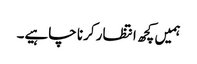
ہمیں کچھ انتظار کرنا چاہیے۔